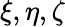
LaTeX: \xi,\eta,\zeta